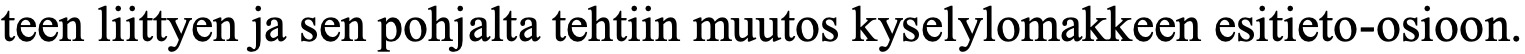
teen liittyen ja sen pohjalta tehtiin muutos kyselylomakkeen esitieto-osioon.